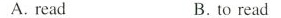
A.read B.to read